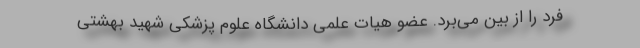
فرد را از بین می‌برد. عضو هیات علمی دانشگاه علوم پزشکی شهید بهشتی